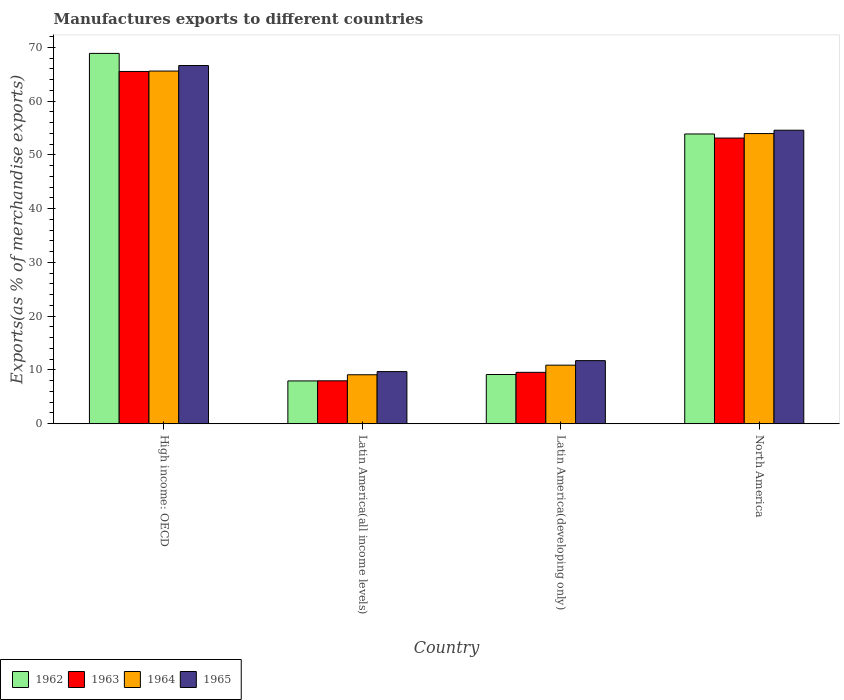
| Country | 1962 | 1963 | 1964 | 1965 |
 | --- | --- | --- | --- | --- |
 | High income: OECD | 68.9 | 65.5 | 65.6 | 66.6 |
 | Latin America(all income levels) | 7.96 | 7.99 | 9.11 | 9.7 |
 | Latin America(developing only) | 9.16 | 9.56 | 10.9 | 11.7 |
 | North America | 53.9 | 53.1 | 54 | 54.6 |